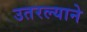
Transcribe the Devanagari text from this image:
उतरल्याने